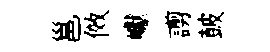
邕傚巘謭皷